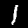
Digit: 1